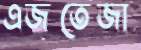
এজতেজা